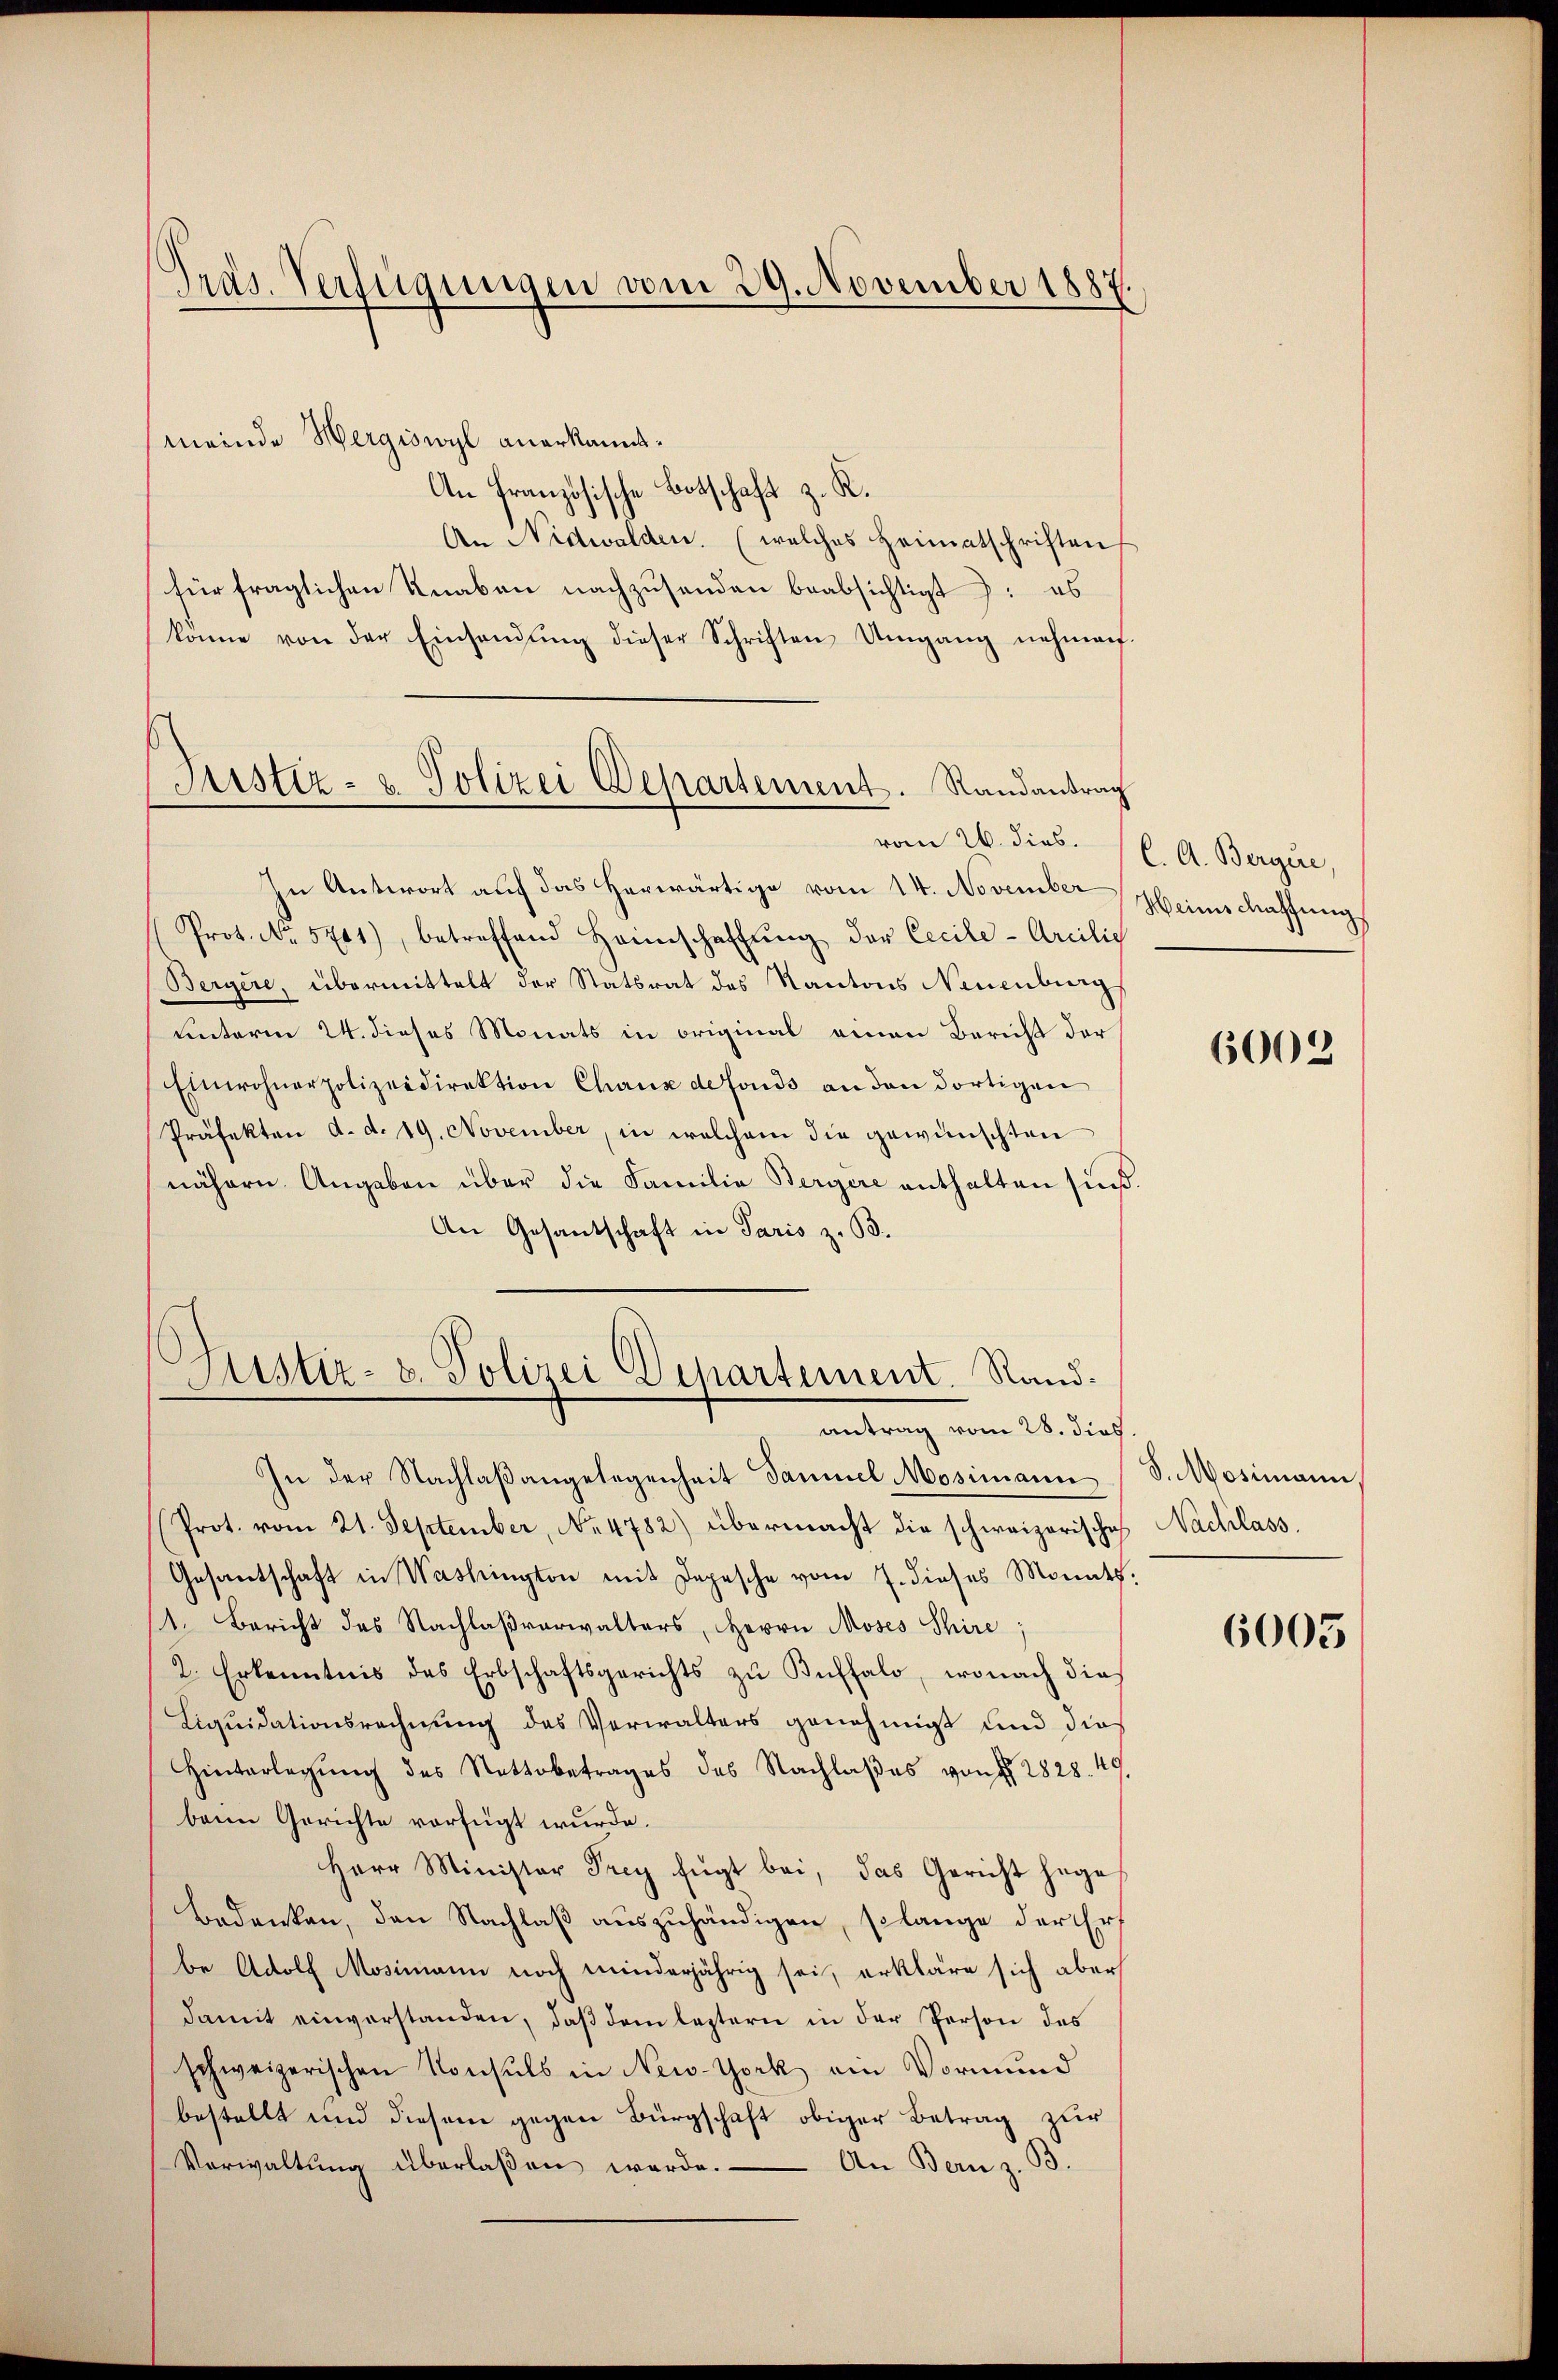
Präs. Verfügungen vom 29. November 1887.

Justiz- u. Polizei Departement. Randantrag

meinde Hergiswyl anerkannt.
An Französische Botschaft z. R.
An Nidwalden. (welches Heimatschriften
für fraglichen Knaben nachzusenden beabsichtigt: es
könne von der Einsendŭng dieser Schriften Umgang nehmen
vom 26. dies.
In Antwort auf das herwärtige vom 14. November
Prot. No. 5741), betreffend Heimschaffŭng der Cecile-Arcilio
Bergere, übermittelt der Statsrat des Kantons Neuenburg
unterm 24. dieses Monats in original einen Bericht der
Einwohnerpolizeidirektion Chaux de fonds an den dortigen
Präfekten d. d. 19. November, in welchem die gewünschten
nähern Angaben über die Familie Bergere enthalten sind
An Gesantschaft in Paris z. B.

Justiz- & Polizei Departement. Randantrag vom 28. dies

C. A. Bergie,
Heinschaffung

In der Nachlaßangelegenheit Sammel Mosimann, S. Mosimann,
Prot. vom 21. September, No 4782) übermacht die schweizerische
Gesantschaft in Washington mit Depesche vom 7. dieses Monath.
1. Bericht des Nachlaßverwalters, Herrn Moses Thire;
2. Erkenntnis des Erbschaftsgerichts zu Buffalo, wonach dies
Liquidationsrechnung des Verwalters genehmigt und dies
Hinterlegung des Stattbetrages des Nachlaßes von § 2828. 49
beim Gerichte verfügt wurde.
Herr Minister Frey fügt bei, das Gericht hege
Bedenken, den Nachlaß auszuhändigen, solange derEhrf
be Adolf Mosimann noch minderjährig sei, erkläre sich aber
damit einverstanden, daß dem leztern in der Person des
schweizerischen Konsuls in New-York ein Vormund
bestellt und diesem gegen Bürgschaft obiger Betrag zur
Verwaltŭng überlaßen werde. An Bern z. B.

6002

Nachlass.

6005